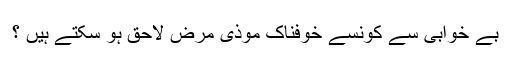
بے خوابی سے کونسے خوفناک موذی مرض لاحق ہو سکتے ہیں ؟